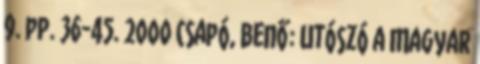
9. pp. 36-45. 2000 Csapó, Benő: Utószó a Magyar